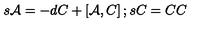
s { \cal A } = - d C + \left[ { \cal A } , C \right] ; s C = C C